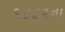
૧૮૮૨ના